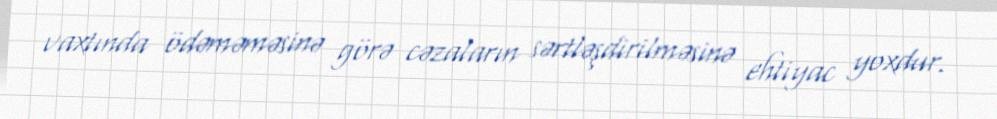
vaxtında ödəməməsinə görə cəzaların sərtləşdirilməsinə ehtiyac yoxdur.